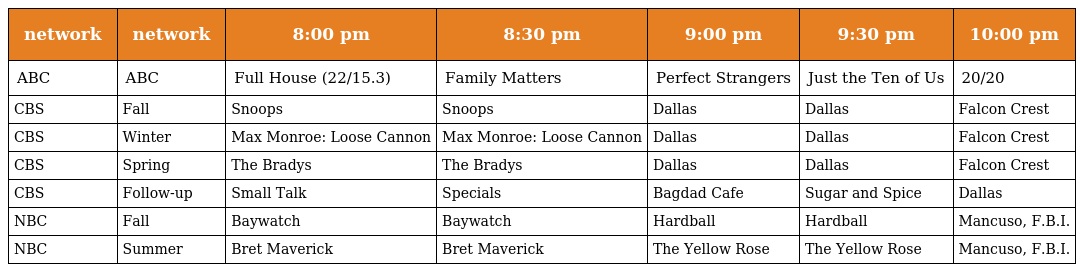
| network | network | 8:00 pm | 8:30 pm | 9:00 pm | 9:30 pm | 10:00 pm |
 | --- | --- | --- | --- | --- | --- | --- |
 | ABC | ABC | Full House (22/15.3) | Family Matters | Perfect Strangers | Just the Ten of Us | 20/20 |
 | CBS | Fall | Snoops | Snoops | Dallas | Dallas | Falcon Crest |
 | CBS | Winter | Max Monroe: Loose Cannon | Max Monroe: Loose Cannon | Dallas | Dallas | Falcon Crest |
 | CBS | Spring | The Bradys | The Bradys | Dallas | Dallas | Falcon Crest |
 | CBS | Follow-up | Small Talk | Specials | Bagdad Cafe | Sugar and Spice | Dallas |
 | NBC | Fall | Baywatch | Baywatch | Hardball | Hardball | Mancuso, F.B.I. |
 | NBC | Summer | Bret Maverick | Bret Maverick | The Yellow Rose | The Yellow Rose | Mancuso, F.B.I. |